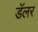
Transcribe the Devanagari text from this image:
डॅलर